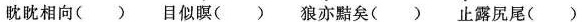
眈眈相向( ) 目似瞑( ) 狼亦黠矣( ) 止露尻尾( )